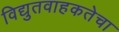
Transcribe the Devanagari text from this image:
विद्युतवाहकतेचा